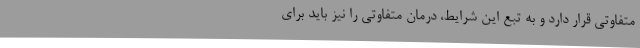
متفاوتی قرار دارد و به تبع این شرایط، درمان متفاوتی را نیز باید برای